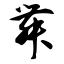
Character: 舞